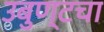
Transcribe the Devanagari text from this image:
उबुण्टचा